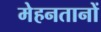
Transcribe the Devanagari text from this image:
मेहनतानों